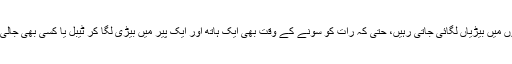
پورے 40روز میری آنکھوں پر پٹّی اور دونوں ہاتھوں میں بیڑیاں لگائی جاتی رہیں، حتیٰ کہ رات کو سونے کے وقت بھی ایک ہاتھ اور ایک پیر میں بیڑی لگا کر ٹیبل یا کسی بھی جالی کے ساتھ بیڑی کا دوسرا حصہ لاک کر دیا جاتا تھا۔